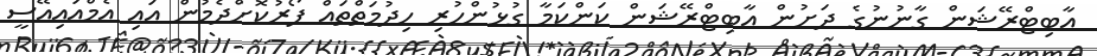
އާބިޓްރޭޝަން ގާނުނުގެ ދަށުން އާބިޓްރޭޝަން ކަންކަމާ ގުޅުންހުރި ހިދުމަތްތައް ފޯރުކޮށްދެމުން އައި އެމްއައިއޭސީ